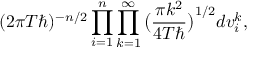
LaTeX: ( 2 \pi T \hbar ) ^ { - n / 2 } \prod _ { i = 1 } ^ { n } \prod _ { k = 1 } ^ { \infty } \big ( \frac { \pi k ^ { 2 } } { 4 T \hbar } \big ) ^ { 1 / 2 } d v _ { i } ^ { k } ,